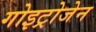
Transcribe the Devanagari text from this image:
गोइट्रोजेन